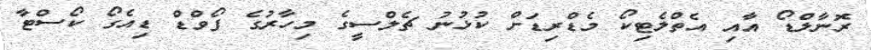
ރޮނާލްޑޯ އާއި އެތްލެޓިކޯ މެޑްރިޑަށް ކުޅުނު ޗެލްސީގެ މިހާރުގެ ފޯވްޑް ޑިއެގޯ ކޯސްޓާ